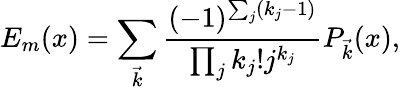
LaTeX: E_{m}(x)=\sum_{\vec{k}}{\frac{(-1)^{\sum_{j}(k_{j}-1)}}{\prod_{j}k_{j}!j^{k_{j}}}}P_{\vec{k}}(x),